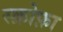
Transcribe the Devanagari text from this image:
स्क्रोफ़ा